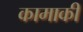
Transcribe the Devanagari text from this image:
कामाकी